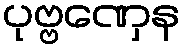
ပုဗ္ဗဏှေန